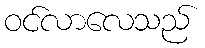
ဝင်လာလေသည်